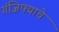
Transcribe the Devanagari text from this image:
गंजिफ्याचे